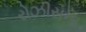
રોઝીસના